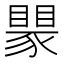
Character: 𬥅